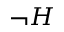
\neg H